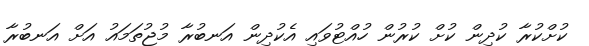
ކުށްކުރާ ކުދިން ކުށް ކުރުން ހުއްޓުވައި އެކުދިން އަނބުރާ މުޖުތަމައު އަށް އަނބުރާ